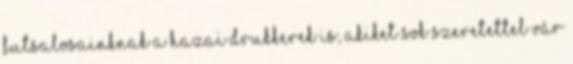
futsalosainknak a hazai drukkerek is, akiket sok szeretettel vár